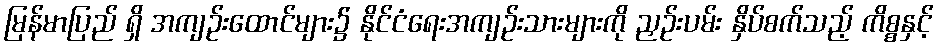
မြန်မာပြည် ရှိ အကျဉ်းထောင်များ၌ နိုင်ငံရေးအကျဉ်းသားများကို ညှဉ်းပမ်း နှိပ်စက်သည့် ကိစ္စနှင့်